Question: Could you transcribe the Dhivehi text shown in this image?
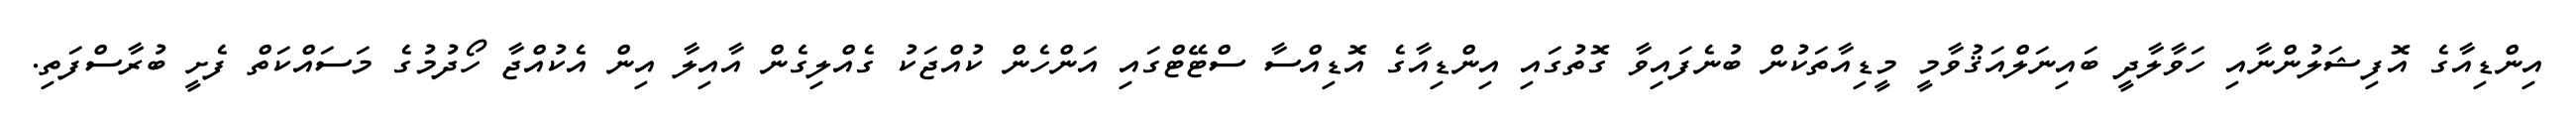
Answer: އިންޑިއާގެ އޮފިޝަލުންނާއި ހަވާލާދީ ބައިނަލްއަޤުވާމީ މީޑިއާތަކުން ބުނެފައިވާ ގޮތުގައި އިންޑިއާގެ އޮޑިއްސާ ސްޓޭޓްގައި އަންހެން ކުއްޖަކު ގެއްލިގެން އާއިލާ އިން އެކުއްޖާ ހޯދުމުގެ މަސައްކަތް ފެށީ ބުރާސްފަތި.